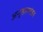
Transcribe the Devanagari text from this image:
अनुष्ठानमंडप